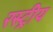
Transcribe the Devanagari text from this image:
रस्ट्रीय